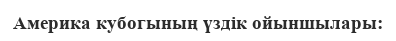
Америка кубогының үздік ойыншылары: